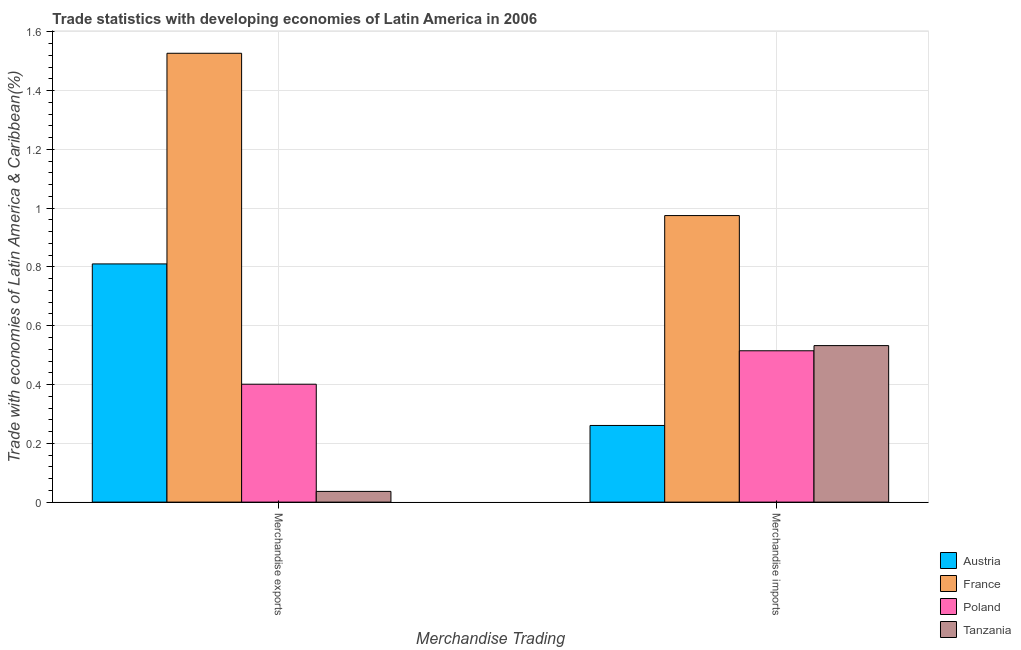
| Merchandise Trading | Austria | France | Poland | Tanzania |
 | --- | --- | --- | --- | --- |
 | Merchandise exports | 0.81 | 1.53 | 0.401 | 0.0365 |
 | Merchandise imports | 0.261 | 0.975 | 0.515 | 0.532 |